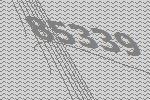
85339